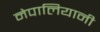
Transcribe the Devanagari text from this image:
नेपालियानी